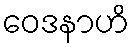
ဝေဒနာဟိ